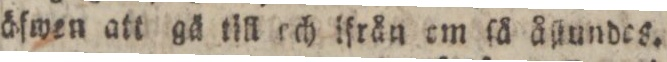
äſwen att gä till ech ifrån em ſä åſtundes.